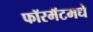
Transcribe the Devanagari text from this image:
फॉरमॅटमधे